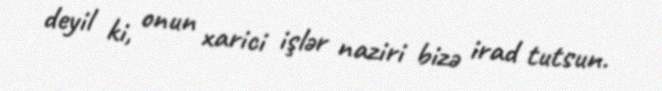
deyil ki, onun xarici işlər naziri bizə irad tutsun.